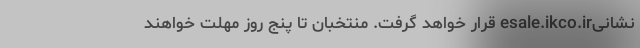
نشانیesale.ikco.ir قرار خواهد گرفت. منتخبان تا پنج روز مهلت خواهند